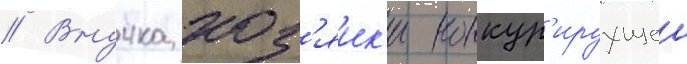
// Внучка хоз'яик'и конкур'ируущеи